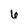
Character: 6